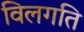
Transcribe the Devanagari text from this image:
विलगति